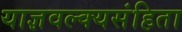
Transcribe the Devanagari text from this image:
याज्ञवल्क्यसंहिता